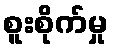
စူးစိုက်မှု